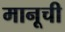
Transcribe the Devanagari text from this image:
मानूची